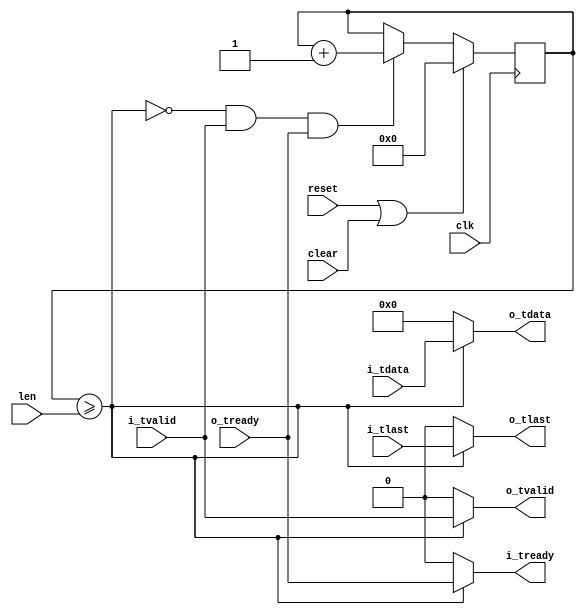
//
// Copyright 2018 Ettus Research LLC
// Copyright 2018 Ettus Research, a National Instruments Company
//
// SPDX-License-Identifier: LGPL-3.0-or-later
//
// This delay doesn't use a fifo, and solves pipeline bubble issues.
// fixes some issues that seemed to occur with delay_type2:
// - o_tvalid is set to 0 when delay_done is 0
// - added the clear signal
// - i_tvalid is a combinational input to incrementing delay_count

module delay_type4
  #(parameter MAX_LEN_LOG2=4,
    parameter WIDTH=16,
    parameter DELAY_VAL=0)
  (input clk, input reset, input clear,
    input [MAX_LEN_LOG2-1:0] len,
    input [WIDTH-1:0] i_tdata, input i_tlast, input i_tvalid, output i_tready,
    output [WIDTH-1:0] o_tdata, output o_tlast, output o_tvalid, input o_tready);

  reg [MAX_LEN_LOG2-1:0] delay_count;

  wire delay_done = delay_count >= len;

  always @(posedge clk)
    if(reset | clear)
      delay_count <= 0;
    else
      if(~delay_done & i_tvalid & o_tready)
        delay_count <= delay_count + 1;

  assign o_tdata = delay_done ? i_tdata : DELAY_VAL;
  assign o_tlast = delay_done ? i_tlast : 1'b0;      // FIXME (carried over from delay_type2) think about this more, no answer is perfect in all situations
  assign o_tvalid = delay_done ? i_tvalid : 1'b0;
  assign i_tready = delay_done ? o_tready : 1'b0;

endmodule // delay_type4